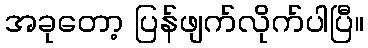
အခုတော့ ပြန်ဖျက်လိုက်ပါပြီ။